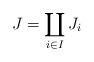
LaTeX: \begin{align*}J=\coprod_{i\in I}J_i\end{align*}